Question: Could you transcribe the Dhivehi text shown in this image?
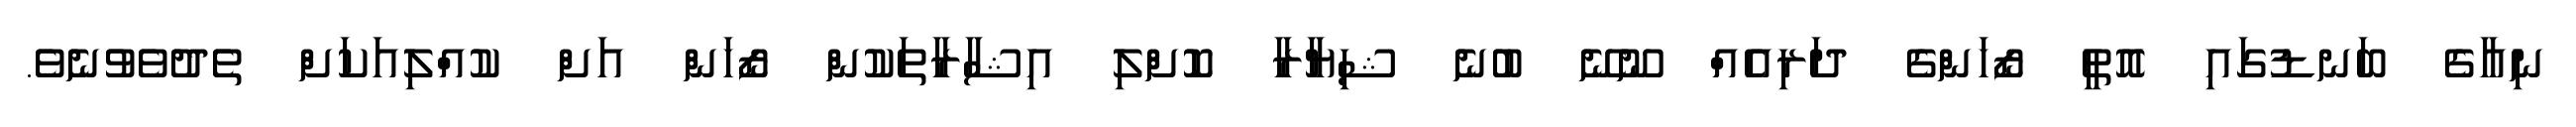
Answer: ނިއާގެ ބަނޑުގައި އޮތީ ޒޯހަންގެ ދަރިއެއް ނޫނޭ ބުނެ ޝިޔާރާ ކޮށްލި އިޝާރާތަކުން ޒޯހަން އަށް ކުއްލިއަކަށް ތެދުވެވުނެވެ.